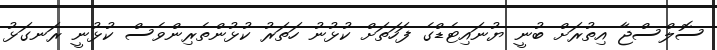
ސޮލްސްޖާ އިތުރަށް ބުނީ ޔުނައިޓެޑްގެ ފަހަތަށް ކުޅުނު ހަތަރު ކުޅުންތެރިންވެސް ކުޅުނީ ރަނގަޅު